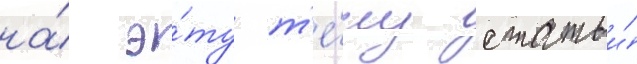
на́ э́ту т'е́му статьи́